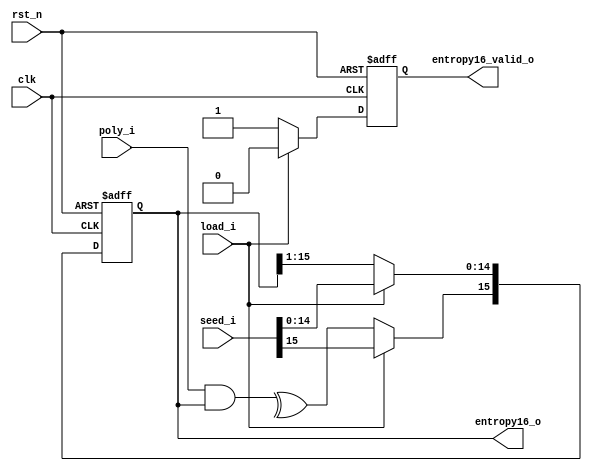
module rng_16(
    input               clk,
    input             rst_n,
    input             load_i,
    input      [15:0]   seed_i,
    input      [15:0]   poly_i,
    output     [15:0]   entropy16_o,
    output              entropy16_valid_o
);


reg in_sr, entropy16_valid;
reg [15:0] entropy16;

assign entropy16_o = entropy16;
assign entropy16_valid_o = entropy16_valid;


always @ (*)
begin
    in_sr = ^ (poly_i [15:0] & entropy16 [15:0]);
end

always@(posedge clk or negedge rst_n)
begin
    
    if(!rst_n)
    begin
        entropy16    <= 16'b0;
        entropy16_valid <= 0;  
    end
    else if(load_i)
    begin
        entropy16 <=seed_i;
        entropy16_valid <= 0;   
    end
    else
        begin
            entropy16[14:0] <= entropy16[15:1];
            entropy16[15] <= in_sr;
            entropy16_valid <= 1;
        end

end
endmodule